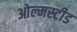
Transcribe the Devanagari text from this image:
ओल्मस्टीड